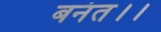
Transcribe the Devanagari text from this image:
बनंत।।